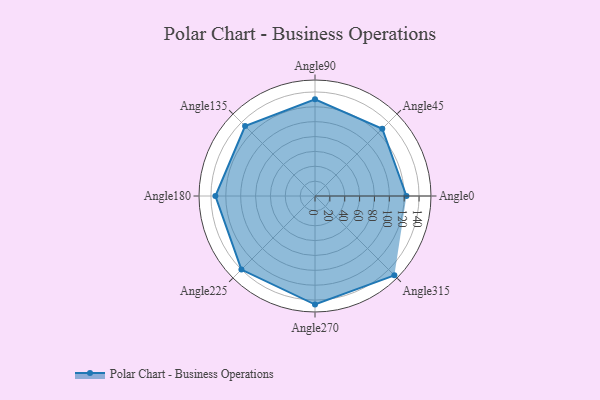
{"axis": {"x": "Angle", "y": "Radius"}, "legend": [""], "data": [{"x": "Angle0", "y": 123.0, "type": ""}, {"x": "Angle45", "y": 128.0, "type": ""}, {"x": "Angle90", "y": 130.0, "type": ""}, {"x": "Angle135", "y": 133.0, "type": ""}, {"x": "Angle180", "y": 134.0, "type": ""}, {"x": "Angle225", "y": 140.0, "type": ""}, {"x": "Angle270", "y": 146.0, "type": ""}, {"x": "Angle315", "y": 151.0, "type": ""}]}